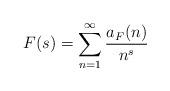
LaTeX: \begin{align*} F(s) = \sum_{n=1}^{\infty} \frac{a_F(n)}{n^s}\end{align*}